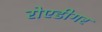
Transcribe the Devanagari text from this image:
रोएडीगर